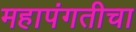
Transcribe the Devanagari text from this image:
महापंगतीचा